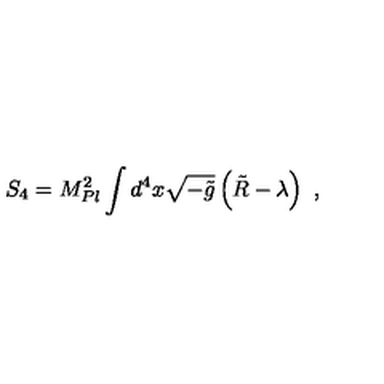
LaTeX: S _ { 4 } = M _ { P l } ^ { 2 } \int d ^ { 4 } x \sqrt { - \tilde { g } } \left( \tilde { R } - \lambda \right) \ ,